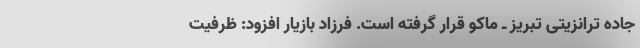
جاده ترانزیتی تبریز ـ ماکو قرار گرفته است. فرزاد بازیار افزود: ظرفیت